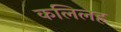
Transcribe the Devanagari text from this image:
कलिलह